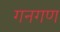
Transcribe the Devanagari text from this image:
गनगण